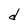
Character: d